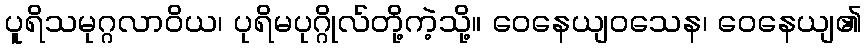
ပူရိသမုဂ္ဂလာဝိယ၊ ပုရိမပုဂ္ဂိုလ်တို့ကဲ့သို့။ ဝေနေယျဝသေန၊ ဝေနေယျ၏